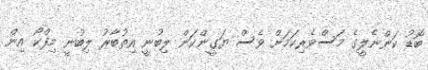
ބޮޑު ކަންނެލީގެ މަސްވެރިކަމަށް ވެސް ޔަގީންކަން ލިބުނީ އިތުބާރު ލިބުނީ މިފްކޯ އިން